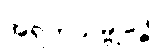
အရဟသမ္ဗုဒ္ဓေါ